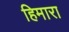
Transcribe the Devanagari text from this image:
हिमारा